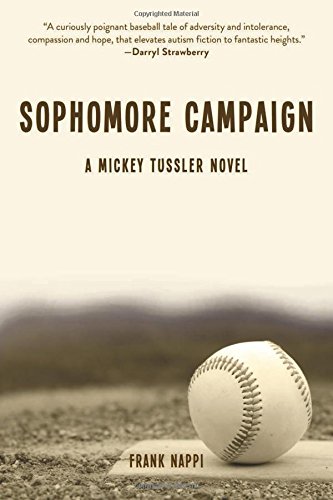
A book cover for Sophomore Campaign: A Mickey Tussler Novel; Frank Nappi; Teen & Young Adult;